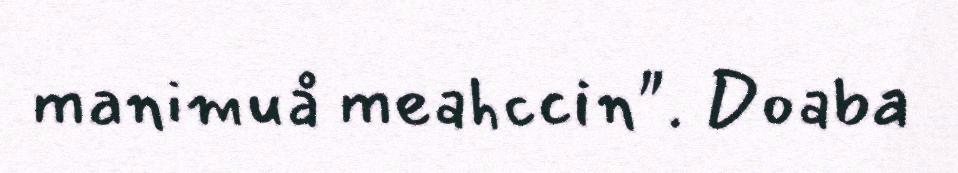
manimuå meahccin". Doaba